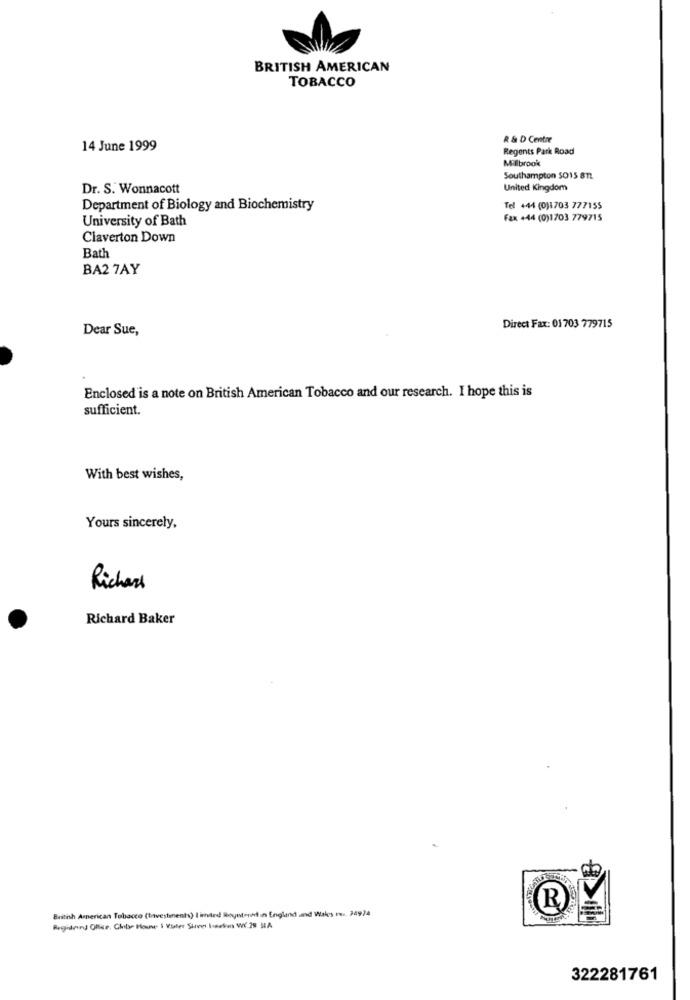
BRITISH AMERICAN
TOBACCO
R & D Centre
14 June 1999
Regents Park Road
Millbrook
Southampton 5015 8TL.
Dr. S. Wonnacott
United Kingdom
Department of Biology and Biochemistry
Tel +44 (0)1703 777155
University of Bath
Fax +44 (0)1703 779715
Claverton Down
Bath
BA2 7AY
Dear Sue,
Direct Fax: 01 703 779715
Enclosed is a note on British American Tobacco and our research. I hope this is
sufficient.
With best wishes,
Yours sincerely,
Richar
Richard Baker
(R)
British American Tobacco (Investments) limited Boyntonit in England and Wales ru 34974
Regiden Office, Glib- House S Viter Sirve losabe Vi.28 MA
322281761